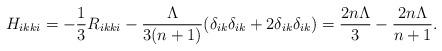
LaTeX: \begin{align*}H_{ikki} &= - \frac{1}{3} R_{ikki} - \frac{\Lambda}{3(n+1)} ( \delta_{ik} \delta_{ik}+ 2 \delta_{ik} \delta_{ik} ) = \frac{2n \Lambda}{3} - \frac{ 2n \Lambda}{n+1}.\end{align*}